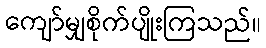
ကျော်မျှစိုက်ပျိုးကြသည်။